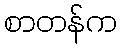
စာတန်က